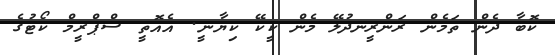
ކޮބާ ދެން ތަމެން ރަންރީނދުލޭ މެން ކީކޭ ކިޔާނީ. އެއޮތީ ސްޕްރީމް ކޯޓުގެ